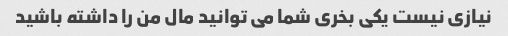
نیازی نیست یکی بخری شما می توانید مال من را داشته باشید